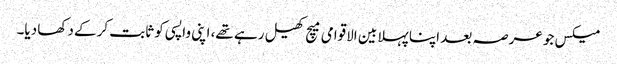
میکس جو عرصہ بعد اپنا پہلا بین الاقوامی میچ کھیل رہے تھے، اپنی واپسی کو ثابت کرکے دکھا دیا۔